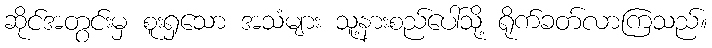
ဆိုင်အတွင်းမှ စူးရှသော အသံများ သူ့နားစည်ပေါ်သို့ ရိုက်ခတ်လာကြသည်။